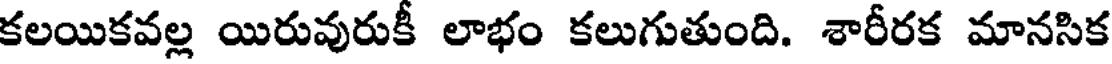
కలయికవల్ల యిరువురుకీ లాభం కలుగుతుంది. శారీరక మానసిక